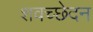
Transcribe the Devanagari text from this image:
शवच्छेदन